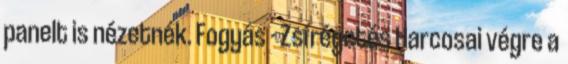
panelt is nézetnék. Fogyás - Zsírégetés Harcosai végre a